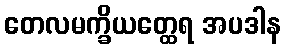
တေလမက္ခိယတ္ထေရ အပဒါန